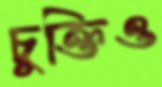
চুক্তিও